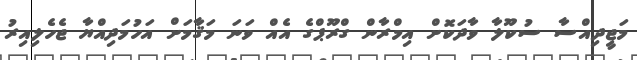
މަޖީދިއްސާ ސުކޫލާ ވާދަކޮށް އިމްރާން ގްރޫޕްގެ އެއް ވަނަ މަޤާމަށް އަހުމަދިއްޔާ ޖެހެލިއިރު